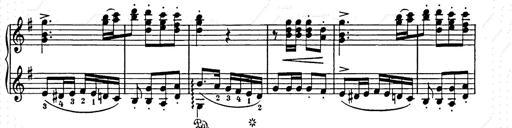
Title: Weihnachtsbaum
Composer: Franz Liszt